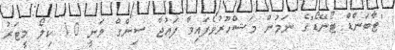
"ޓާބަންޑް ޓޯނޭޑޯ"ގެ ނަމުން މަޝްހޫރުވެފައިވާ ފައުޖާ ސިންގް ވަނީ 10 ކިލޯ މީޓަރު